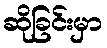
ဆိုခြင်းမှာ